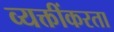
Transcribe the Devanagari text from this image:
व्यक्तींकरता